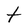
Character: t